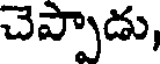
చెప్పాడు,